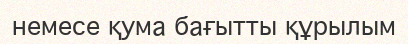
немесе қума бағытты құрылым